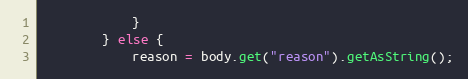
Language: Java
            }
        } else {
            reason = body.get("reason").getAsString();